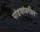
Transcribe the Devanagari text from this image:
पांडवांवरील